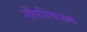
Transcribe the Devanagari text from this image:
नौपरिवाहक